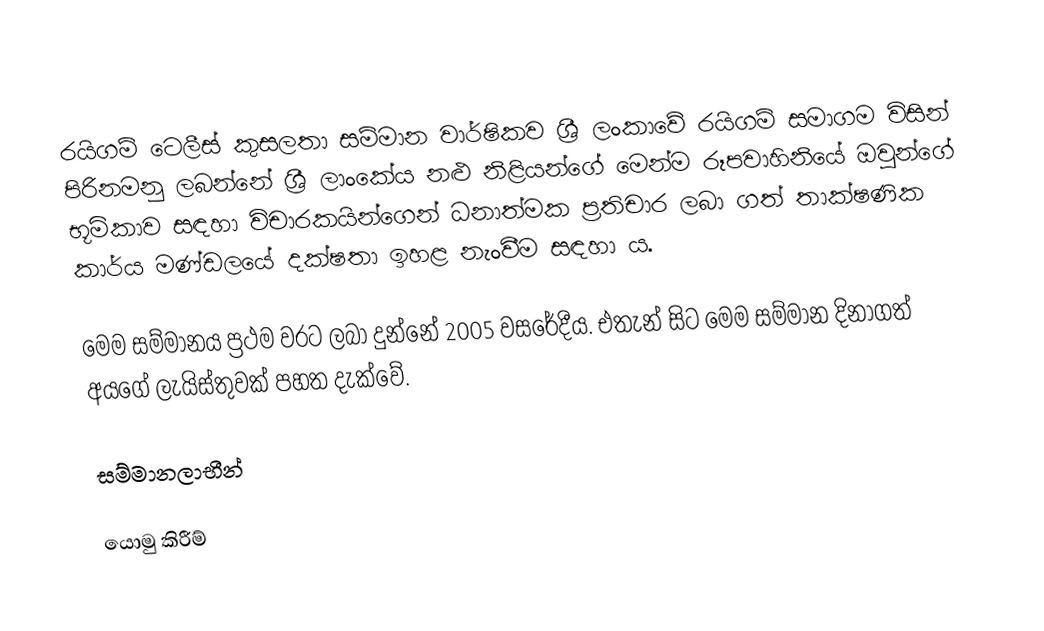
රයිගම් ටෙලීස් කුසලතා සම්මාන වාර්ෂිකව ශ්‍රී ලංකාවේ රයිගම් සමාගම විසින් පිරිනමනු ලබන්නේ ශ්‍රී ලාංකේය නළු නිළියන්ගේ මෙන්ම රූපවාහිනියේ ඔවුන්ගේ භූමිකාව සඳහා විචාරකයින්ගෙන් ධනාත්මක ප්‍රතිචාර ලබා ගත් තාක්ෂණික කාර්ය මණ්ඩලයේ දක්ෂතා ඉහළ නැංවීම සඳහා ය.

මෙම සම්මානය ප්‍රථම වරට ලබා දුන්නේ 2005 වසරේදීය. එතැන් සිට මෙම සම්මාන දිනාගත් අයගේ ලැයිස්තුවක් පහත දැක්වේ.

සම්මානලාභීන්

යොමු කිරීම්